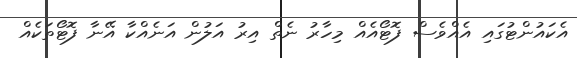
އެކައުންޓުގައި އެއްވެސް ފޮޓޯއެއް މިހާރު ނެތް އިރު އަލުން އަނެއްކާ އޭނާ ފޮޓޯތަކެއް